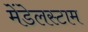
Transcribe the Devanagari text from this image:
मेंडेलस्टाम